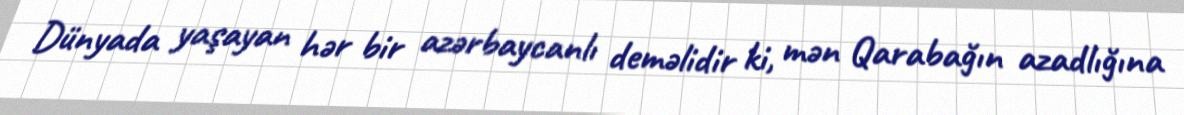
Dünyada yaşayan hər bir azərbaycanlı deməlidir ki, mən Qarabağın azadlığına